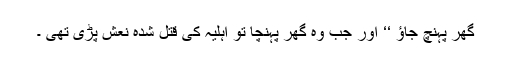
گھر پہنچ جاؤ ‘‘ اور جب وہ گھر پہنچا تو اہلیہ کی قتل شدہ نعش پڑی تھی ۔